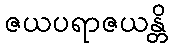
ဇယပရာဇယန္တိ